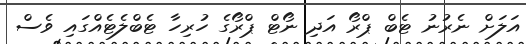
އަލަށް ނެރުނު ޓެބް ޕްރޯ އަދި ނޯޓް ޕްރޯގެ ހުރިހާ ޓެބްލެޓެއްގައި ވެސް